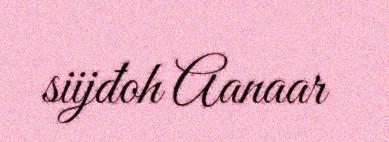
siijđoh Aanaar